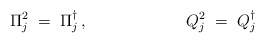
\begin{align*}\Pi_j^2 \;=\; \Pi^\dagger_j\,,\hspace{2.5cm}Q_j^2 \;=\; Q^\dagger_j\end{align*}